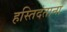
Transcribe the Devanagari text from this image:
हस्तिदंताना